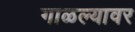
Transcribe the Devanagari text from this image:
गाळल्यावर